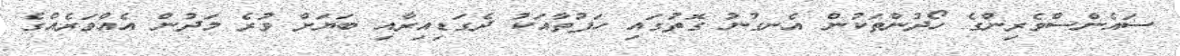
ސައެންސްވެރިންގެ ހޯދުންތަކުން އެނގުނު ގޮތުގައި ހަފުތާއަކު ދެގަޑިއިރާއި ބަޔަށް ވުރެ މަދުން އެއްވަރެއްގެ